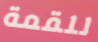
للقمة